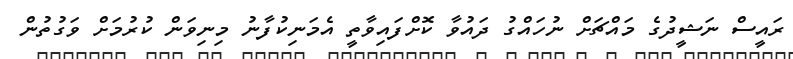
ރައީސް ނަޝީދުގެ މައްޗަށް ނުހައްގު ދައުވާ ކޮށްފައިވާތީ އެމަނިކުފާނު މިނިވަން ކުރުމަށް ވަގުތުން